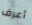
أعرف